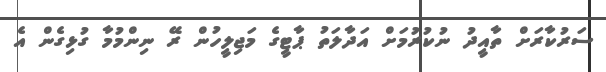
ސަރުކާރަށް ތާއީދު ނުކުރުމަށް އަދާލަތު ޕާޓީގެ މަޖިލީހުން ރޭ ނިންމުމާ ގުޅިގެން އެ